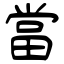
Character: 當